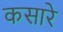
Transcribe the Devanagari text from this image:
कसारे